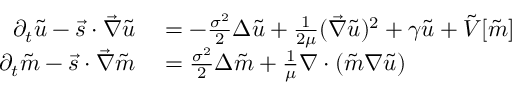
\begin{array} { r l } { \partial _ { t } \tilde { u } - \vec { s } \cdot \vec { \nabla } \tilde { u } } & { { } = - \frac { \sigma ^ { 2 } } { 2 } \Delta { \tilde { u } } + \frac { 1 } { 2 \mu } ( \vec { \nabla } \tilde { u } ) ^ { 2 } + \gamma \tilde { u } + \tilde { V } [ \tilde { m } ] } \\ { \partial _ { t } \tilde { m } - \vec { s } \cdot \vec { \nabla } \tilde { m } } & { { } = \frac { \sigma ^ { 2 } } { 2 } \Delta \tilde { m } + \frac { 1 } { \mu } \nabla \cdot ( \tilde { m } \nabla \tilde { u } ) } \end{array}